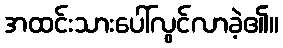
အထင်းသားပေါ်လွင်လာခဲ့၏။